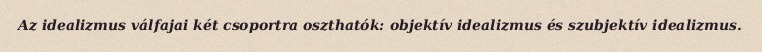
Az idealizmus válfajai két csoportra oszthatók: objektív idealizmus és szubjektív idealizmus.